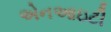
એનઆઇટી